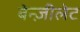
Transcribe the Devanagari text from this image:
बेन्ज़ीलेट